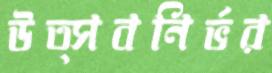
উত্সবনির্ভর